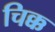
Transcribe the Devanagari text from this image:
चिक्क